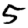
Digit: 5